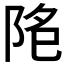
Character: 𱀐